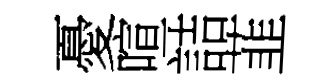
憂喧詰韮